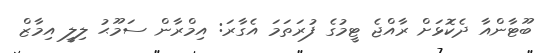
ބޫޓާންއާ ދެކޮޅަށް ރާއްޖެ ޓީމުގެ ފުރަތަމަ އެގާރަ: އިމްރާން ސަމޫޙު ލިލީ އިމާޒް